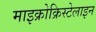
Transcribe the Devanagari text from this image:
माइक्रोक्रिस्टेलाइन